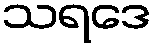
သရဒေ